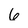
Character: 6